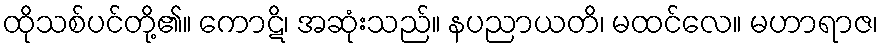
ထိုသစ်ပင်တို့၏။ ကောဋိ၊ အဆုံးသည်။ နပညာယတိ၊ မထင်လေ။ မဟာရာဇ၊